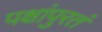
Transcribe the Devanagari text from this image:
पक्षांपुरतं